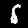
Digit: 5